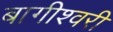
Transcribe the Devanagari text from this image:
बागीश्वरी